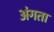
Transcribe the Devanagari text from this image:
अंगता